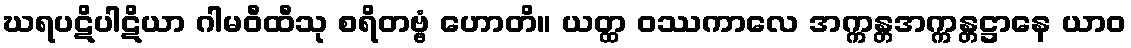
ဃရပဋိပါဋိယာ ဂါမဝီထီသု စရိတဗ္ဗံ ဟောတိ။ ယတ္ထ ဝဿကာလေ အက္ကန္တအက္ကန္တဋ္ဌာနေ ယာဝ